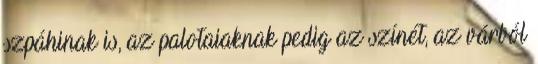
szpáhinak is, az palotaiaknak pedig az színét, az várból